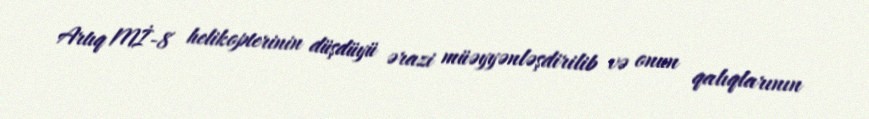
Artıq Mİ-8 helikopterinin düşdüyü ərazi müəyyənləşdirilib və onun qalıqlarının